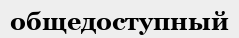
общедоступный